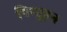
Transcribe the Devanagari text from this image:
पिन्गुइन